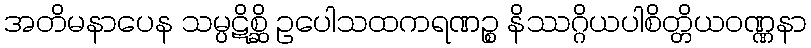
အတိမနာပေန သမ္ပဋိစ္ဆိ ဥပေါသထကရဏဉ္စ နိဿဂ္ဂိယပါစိတ္တိယဝဏ္ဏနာ